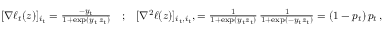
\begin{array} { r } { [ \nabla \ell _ { t } ( z ) ] _ { i _ { t } } = \frac { - y _ { t } } { 1 + \exp ( y _ { t } \, z _ { t } ) } \quad \mathrm { ; } \quad [ \nabla ^ { 2 } \ell ( z ) ] _ { i _ { t } , i _ { t } } , = \frac { 1 } { 1 + \exp ( y _ { t } z _ { t } ) } \, \frac { 1 } { 1 + \exp ( - y _ { t } z _ { t } ) } = ( 1 - p _ { t } ) \, p _ { t } \, , } \end{array}